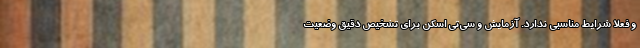
و فعلا شرایط مناسبی ندارد. آزمایش و سی‌تی اسکن برای تشخیص دقیق وضعیت